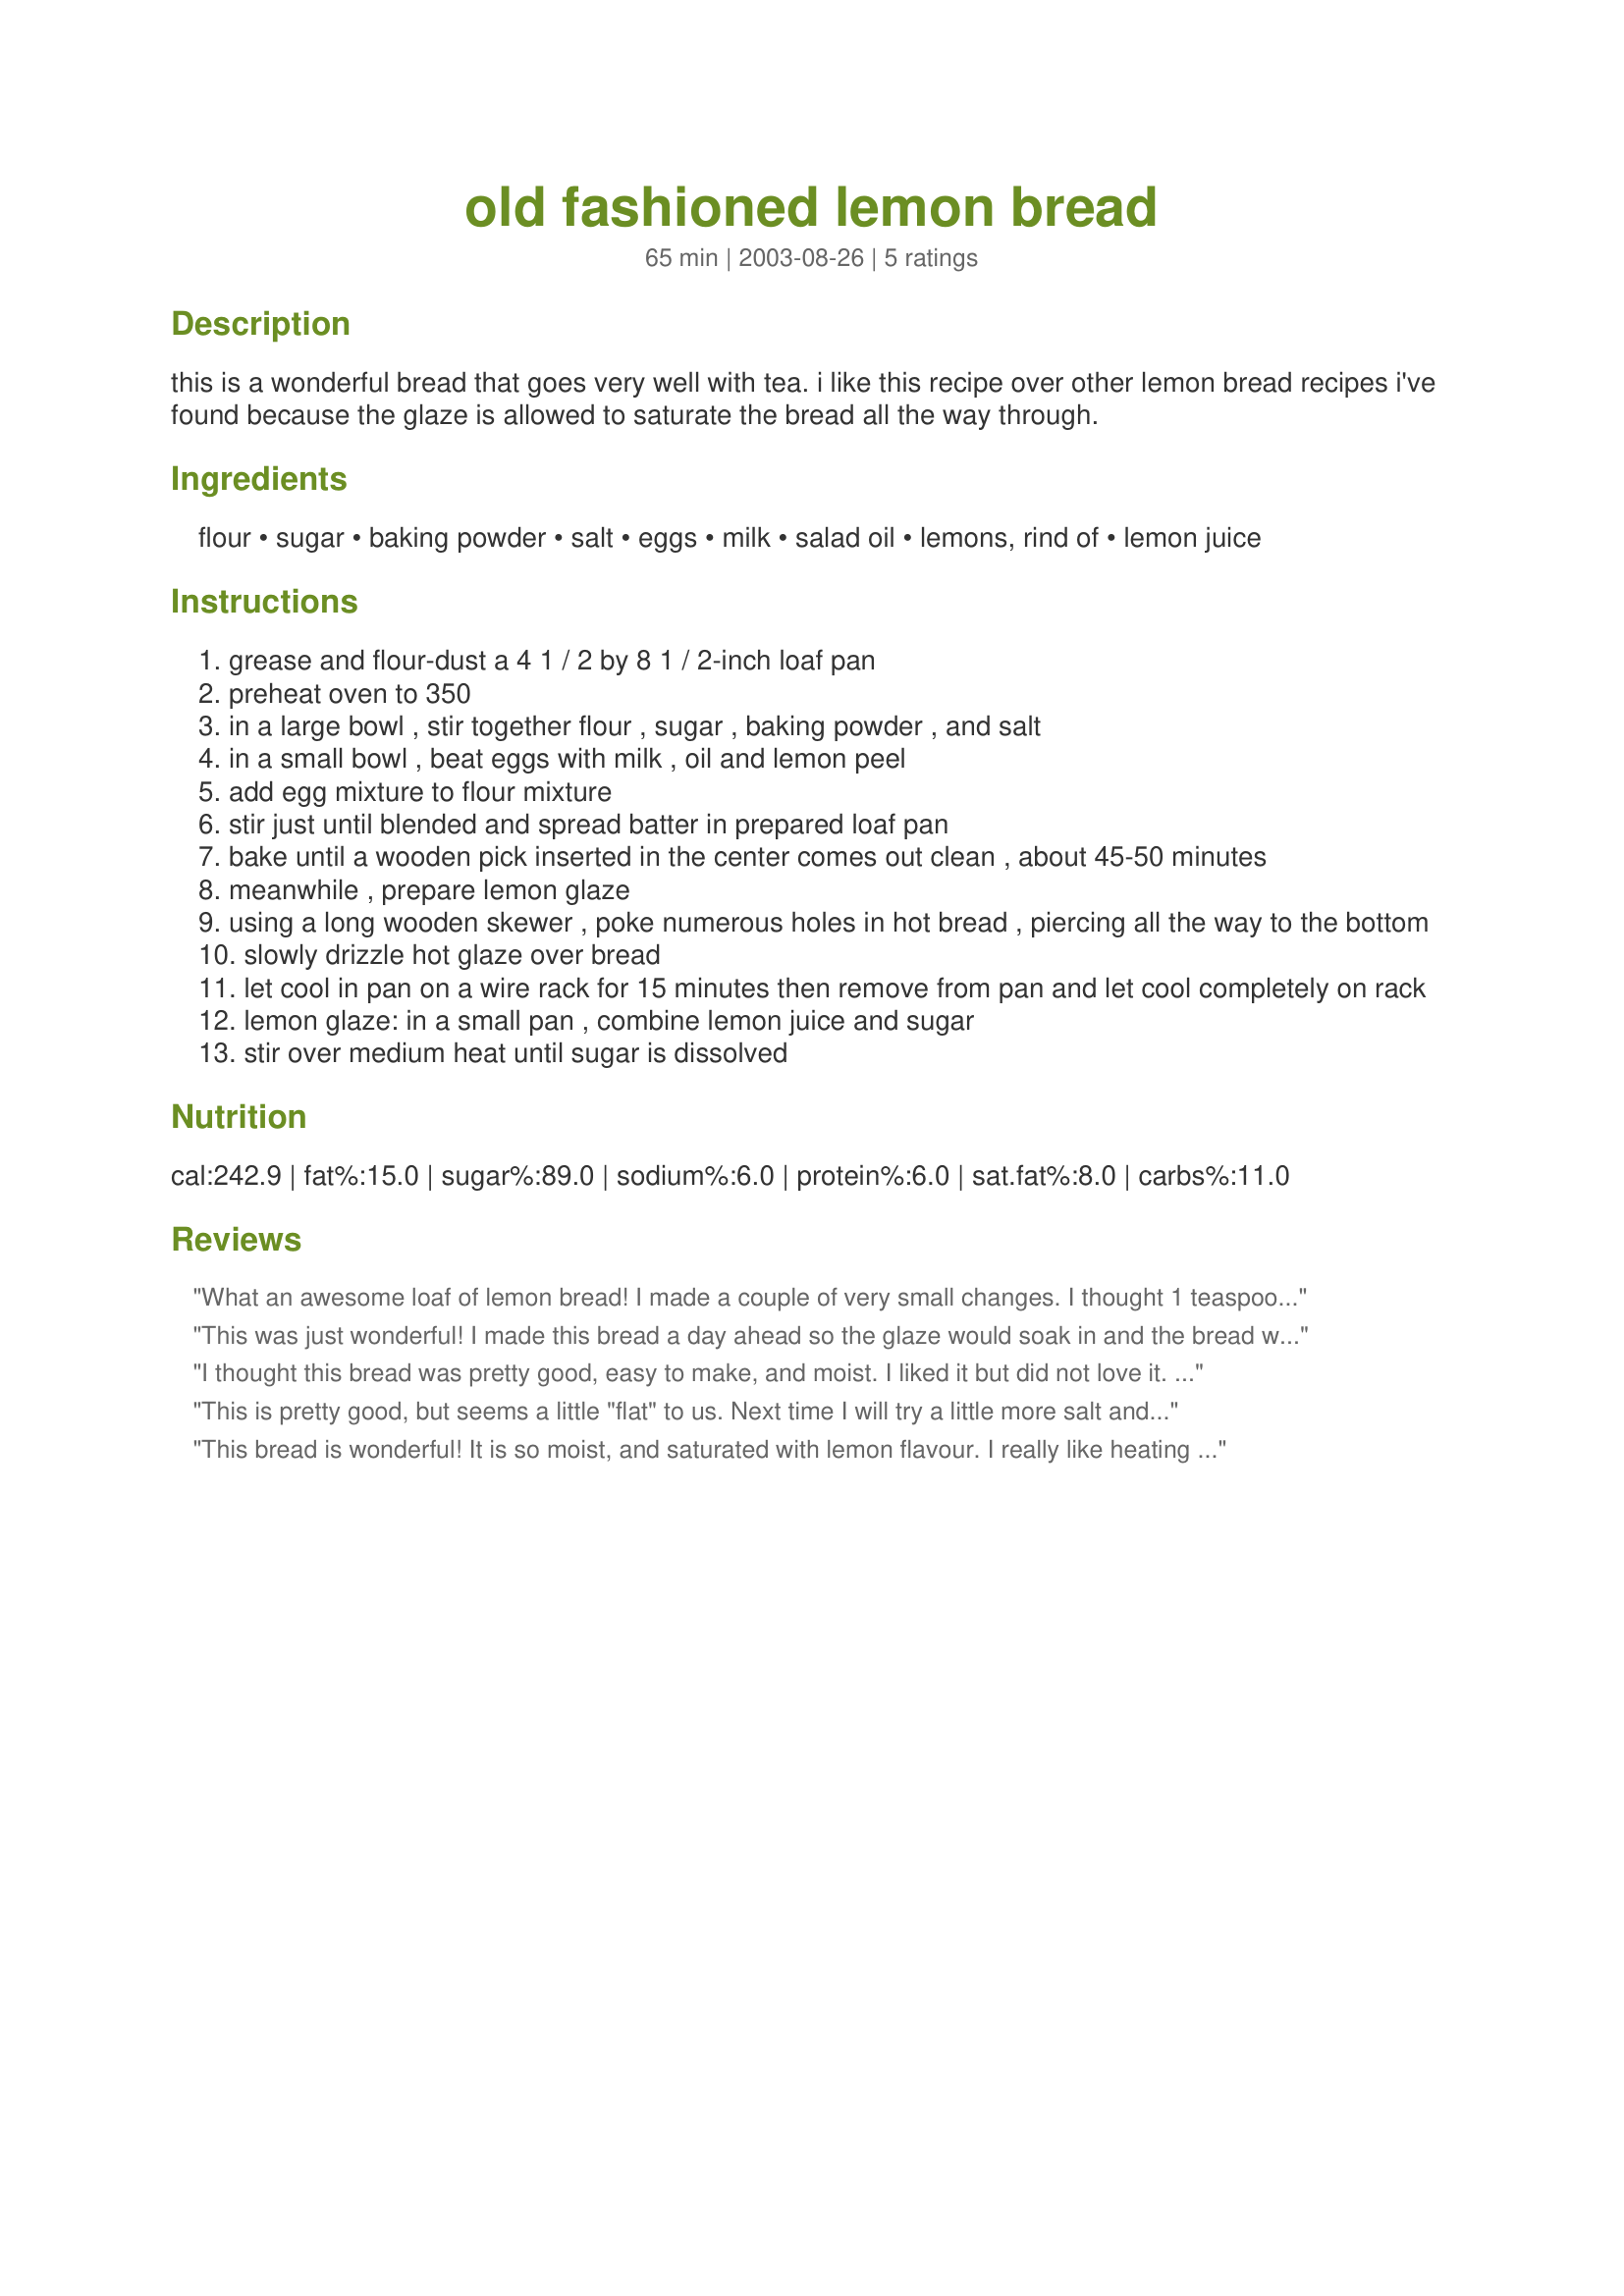
old fashioned lemon bread
Preparation time: 65 minutes

this is a wonderful bread that goes very well with tea. i like this recipe over other lemon bread recipes i've found because the glaze is allowed to saturate the bread all the way through.

Ingredients:
flour, sugar, baking powder, salt, eggs, milk, salad oil, lemons, rind of, lemon juice

Steps:
grease and flour-dust a 4 1 / 2 by 8 1 / 2-inch loaf pan
preheat oven to 350
in a large bowl , stir together flour , sugar , baking powder , and salt
in a small bowl , beat eggs with milk , oil and lemon peel
add egg mixture to flour mixture
stir just until blended and spread batter in prepared loaf pan
bake until a wooden pick inserted in the center comes out clean , about 45-50 minutes
meanwhile , prepare lemon glaze
using a long wooden skewer , poke numerous holes in hot bread , piercing all the way to the bottom
slowly drizzle hot glaze over bread
let cool in pan on a wire rack for 15 minutes then remove from pan and let cool completely on rack
lemon glaze: in a small pan , combine lemon juice and sugar
stir over medium heat until sugar is dissolved

Reviews:
What an awesome loaf of lemon bread! I made a couple of very small changes. I thought 1 teaspoon of baking powder was a little much for 1 1/2 cups of flour and I like using buttermilk in these kinds of recipes, so I used 1/4 teaspoon of baking powder and 1/4 teaspoon of baking soda and 1/2 cup of buttermilk. I also added 2 tablespoons of fresh lemon juice to the batter per Kittencal's suggestion. I have an irrational fear of zesting, so I left out the rind. I stirred the sugar in with the liquids and then added the flour mixture. It took 50 minutes exactly, rose beautifully and had a nice rounded top. I turned it out of the pan right away (it released like a dream) and put it on a foil covered rack, poked the holes and then poured the hot glaze over it. When I sliced into it, it had a lovely texture. Hey Jude, thanks for a fantastic recipe! It's a keeper and I will be making it again!
This was just wonderful! I made this bread a day ahead so the glaze would soak in and the bread would be very moist. I also added the juice of 1 whole lemon into the cake. I am serving it to my guests later tonight. Jude, Thank you very much for a great recipe!...Kittencal:)
I thought this bread was pretty good, easy to make, and moist. I liked it but did not love it. I might try again. Good tea bread. I used fresh lemons picked from the tree and that was a good addition-wouldn't even attempt without fresh real lemon-that is what makes the bread. I guess have to admit I like sweet things too much and if I had to say, this was just not sweet enough for me-sorry to say but true.
This is pretty good, but seems a little "flat" to us. Next time I will try a little more salt and a little vanilla. On the plus side, it was very nicely lemony.
This bread is wonderful! It is so moist, and saturated with lemon flavour. I really like heating the glaze to melt the sugar. It goes on so smoothly, unlike the usual method which is "grainy" from the unmelted sugar.
